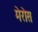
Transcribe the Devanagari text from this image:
मेरोस